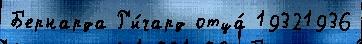
Б'ернарда Р'и́чард отца́ 19321936